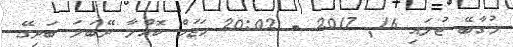
މުގާބޭ ޖުލައި 16